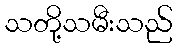
သတို့သမီးသည်